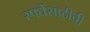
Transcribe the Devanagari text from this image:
स्पर्धेसाठीची